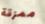
ممزقة